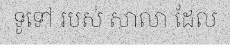
ទូទៅ របស់ សាលា ដែល